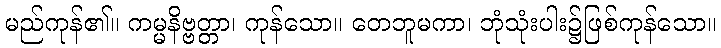
မည်ကုန်၏။ ကမ္မနိဗ္ဗတ္တာ၊ ကုန်သော။ တေဘူမကာ၊ ဘုံသုံးပါး၌ဖြစ်ကုန်သော။